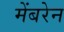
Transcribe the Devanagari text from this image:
मेंबरेन